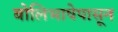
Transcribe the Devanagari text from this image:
बोलिभाषेपासून